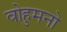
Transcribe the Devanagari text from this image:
वोहुमनो